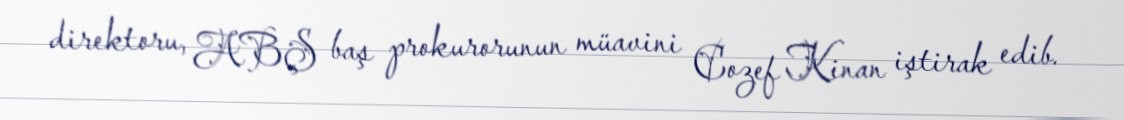
direktoru, ABŞ baş prokurorunun müavini Cozef Kinan iştirak edib.